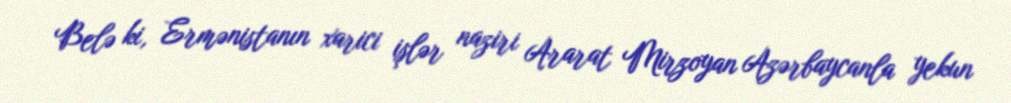
Belə ki, Ermənistanın xarici işlər naziri Ararat Mirzoyan Azərbaycanla yekun